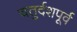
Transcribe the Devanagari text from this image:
चतुर्दशपूर्व